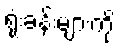
ရုံးခန်းများကို